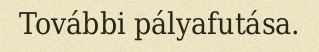
További pályafutása.